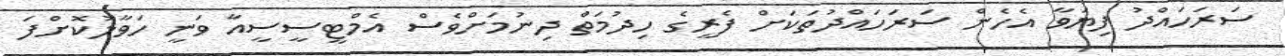
ސަރަހައްދު ފިޔަވާ އެހެން ސަރަހައްދުތަކަށް ފެރީގެ ހިދުމަތް ދިނުމަށްވެސް އެމްޓީސީސީއާ ވަނީ ހަވާލުކޮށްފަ